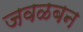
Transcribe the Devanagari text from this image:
जवळबन